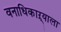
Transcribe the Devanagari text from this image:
वनाधिकाऱ्याला